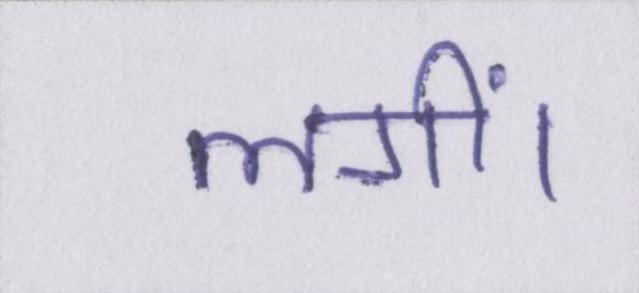
लगीं।